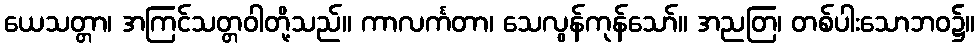
ယေသတ္တာ၊ အကြင်သတ္တဝါတို့သည်။ ကာလင်္ကတာ၊ သေလွန်ကုန်သော်။ အညတြ၊ တစ်ပါးသောဘဝ၌။